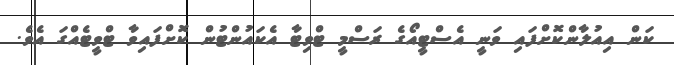
ކަން އިއުލާންކޮށްފައި ވަނީ އެސްޓީއޯގެ ރަސްމީ ޓްވިޓާ އެކައުންޓުން ކޮށްފައިވާ ޓްވީޓެއްގަ އެވެ.